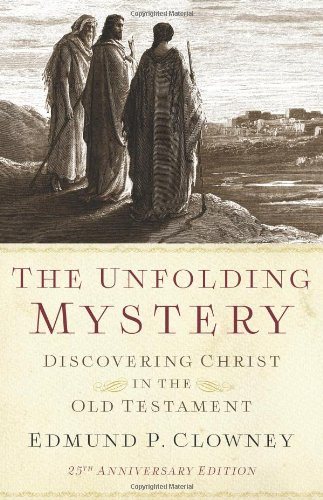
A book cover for The Unfolding Mystery (2d. ed.): Discovering Christ in the Old Testament; Edmund P. Clowney; Christian Books & Bibles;